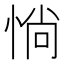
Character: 惝